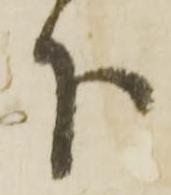
下